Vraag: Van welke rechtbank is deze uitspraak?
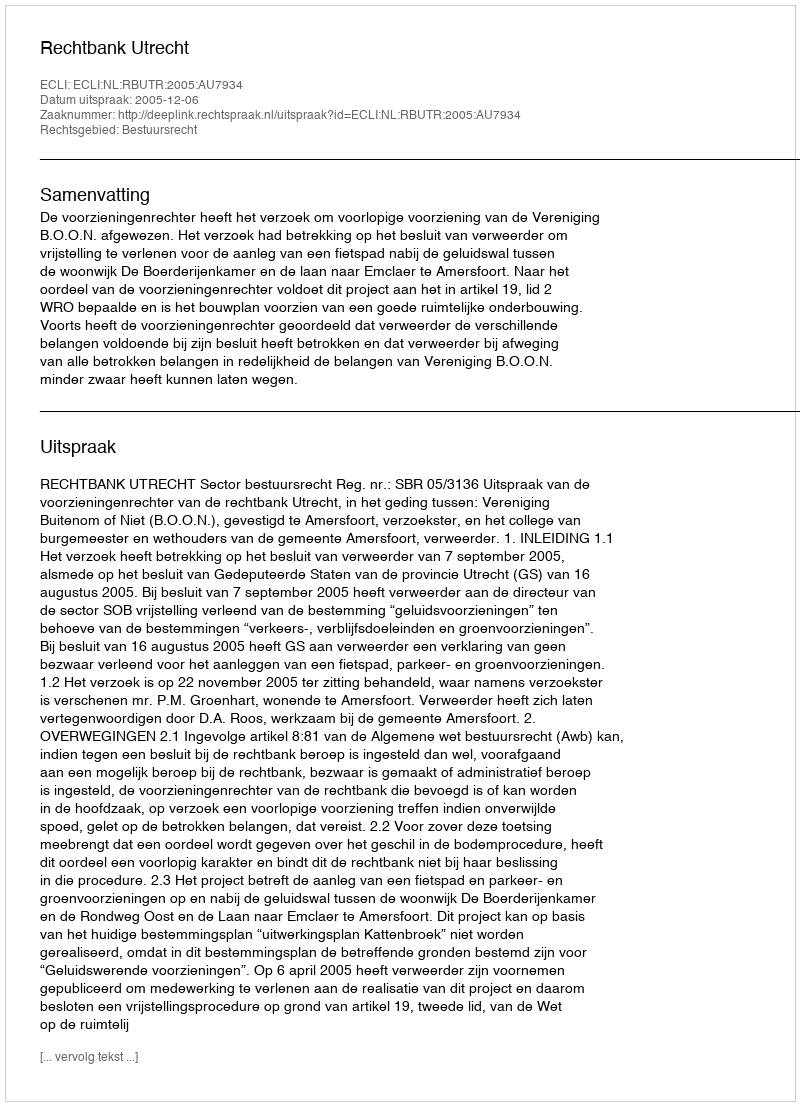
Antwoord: Rechtbank Utrecht